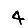
Digit: 4